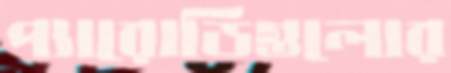
প্যারোডিগুলোর